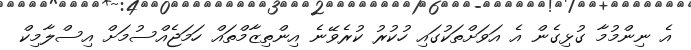
އެ ނިންމުމާ ގުޅިގެން އެ އަވަށްތަކުގައި ހުކުރު ކުރެވޭނެ އިންތިޒާމްތައް ހަމަޖެއްސުމަށް އިސްލާމިކް